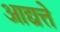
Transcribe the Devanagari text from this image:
आद्यत्ते